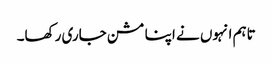
تاہم انہوں نے اپنا مشن جاری رکھا۔